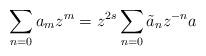
LaTeX: \begin{align*}\sum\limits_{n=0}a_mz^m=z^{2s}\sum\limits_{n=0}\tilde{a}_nz^{-n}a\end{align*}